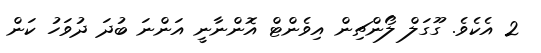
2 އެކެވެ. ގޫގަލް ލޯންޗިން އިވެންޓް އޮންނާނީ އަންނަ ބުދަ ދުވަހު ކަން